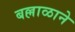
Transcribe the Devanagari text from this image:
बल्लाळाने